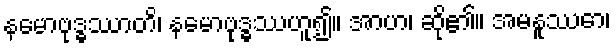
နမောဗုဒ္ဓဿာတိ၊ နမောဗုဒ္ဓဿဟူ၍။ အာဟ၊ ဆို၏။ အမနူဿော၊